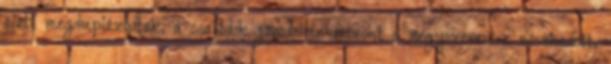
alatt megduplázódtak, a családok jövedelme viszont a négyszeresére növekedett,